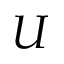
U